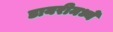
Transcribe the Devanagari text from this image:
डायरीमध्ये